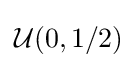
{\mathcal {U}}(0,1/2)